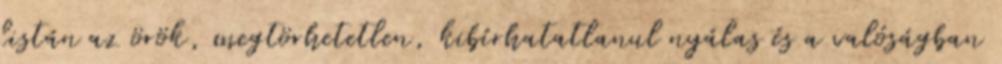
listán az örök, megtörhetetlen, kibírhatatlanul nyálas és a valóságban